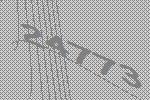
24773